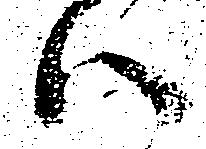
ハ